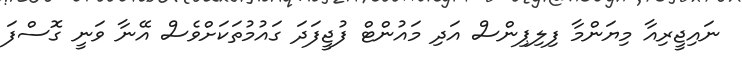
ނައިޖީރިއާ މިޔަންމާ ފިލިޕިންސް އަދި މައުންޓް ފުޖީފަދަ ގައުމުތަކަށްވެސް އޭނާ ވަނީ ގޮސްފަ